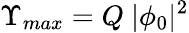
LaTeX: \Upsilon_{max}=Q~|\phi_{0}|^{2}